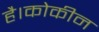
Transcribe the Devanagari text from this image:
है।कोकीन